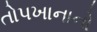
તોપખાનાનો